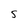
Character: s